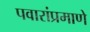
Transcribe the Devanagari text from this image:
पवारांप्रमाणे